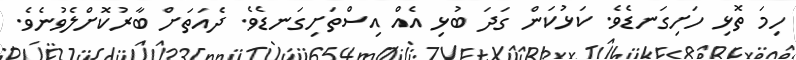
ހިމަ ތޮޅި ހަށިގަނޑެވެ. ކަޅުކަން ގަދަ ބުޅި އެއް އިސްތަށިގަނޑެވެ. ދެއަތަށް ބާރުކޮށްލެވުނެވެ.